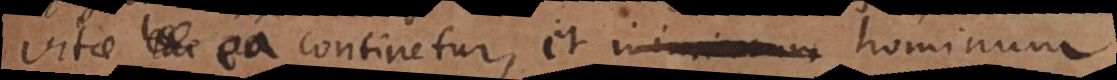
vitae ea continetur, et inimicorum hominum